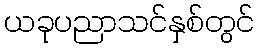
ယခုပညာသင်နှစ်တွင်